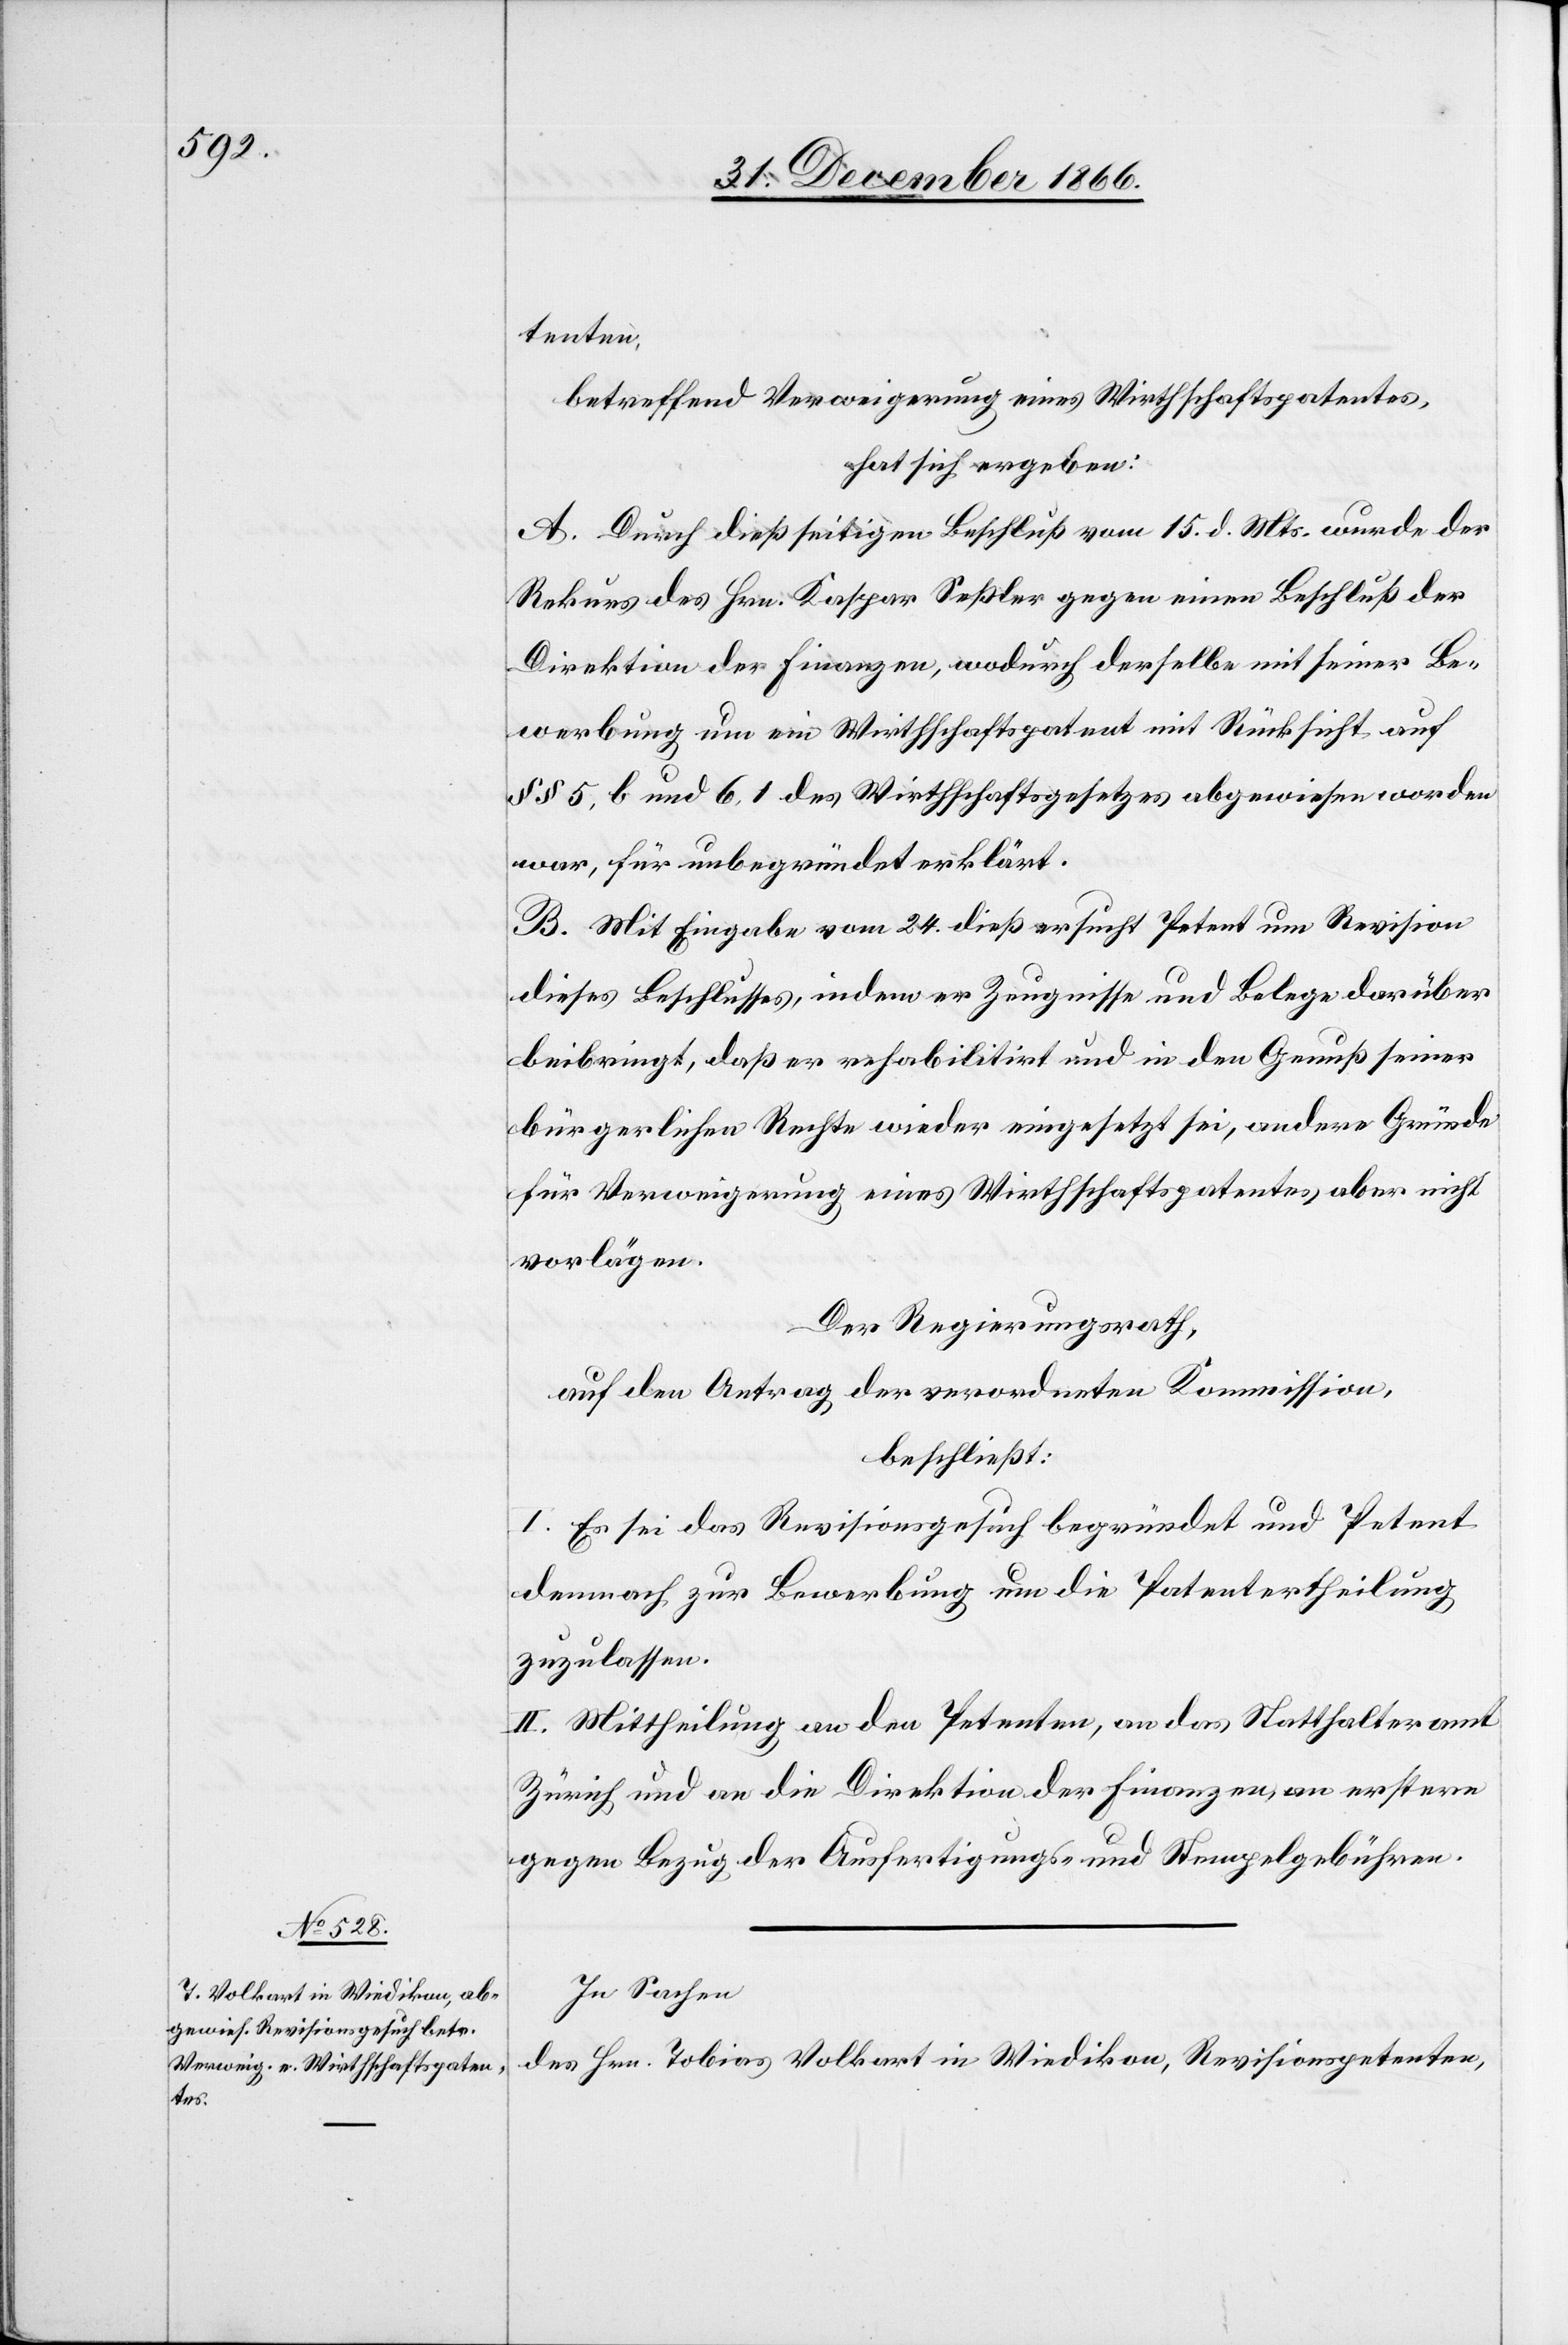
tenten,
betreffend Verweigerung eines Wirthschaftspatentes,
hat sich ergeben:
A. Durch dießseitigen Beschluß vom 15. d. Mts. wurde der
Rekurs des Hrn. Kaspar Seßler gegen einen Beschluß der
Direktion der Finanzen, wodurch derselbe mit seiner Be¬
werbung um ein Wirthschaftspatent mit Rücksicht auf
§ § 5, b und 6, 1 des Wirthschaftsgesetzes abgewiesen worden
war, für unbegründet erklärt.
B. Mit Eingabe vom 24. dieß ersucht Petent um Revision
dieses Beschlusses, indem er Zeugnisse und Belege darüber
beibringt, daß er rehabilitirt und in den Genuß seiner
bürgerlichen Rechte wieder eingesetzt sei, andere Gründe
für Verweigerung eines Wirthschaftspatentes aber nicht
vorlägen.
Der Regierungsrath,
auf den Antrag der verordneten Kommission,
beschließt:
I. Es sei das Revisionsgesuch begründet und Petent
demnach zur Bewerbung um die Patentertheilung
zuzulassen.
II. Mittheilung an den Petenten, an das Statthalteramt
Zürich und an die Direktion der Finanzen, an erstere
gegen Bezug der Ausfertigungs- und Stempelgebühren.
In Sachen
des Hrn. Tobias Volkart in Wiedikon, Revisionspetenten,